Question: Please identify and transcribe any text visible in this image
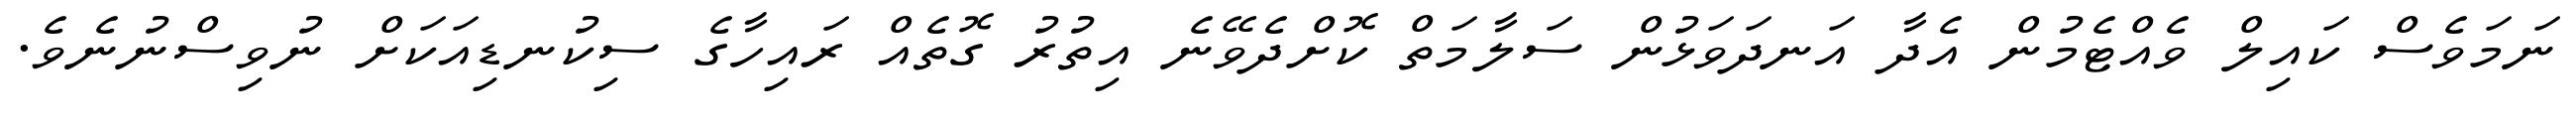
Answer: ނަމަވެސް ކައިލް ވެއްޓެމުން އެދާ އަނދަވަޅުން ސަލާމަތް ކޮށްދެވޭނެ އިތުރު ގޮތެއް ރައިހާގެ ސިކުނޑިއަކަށް ނުވިސްނުނެވެ.